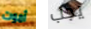
أموت يجب